Indian journal of veterinary science and animal husbandry - Volumes 26-27, 1956-1957
Year: 1956
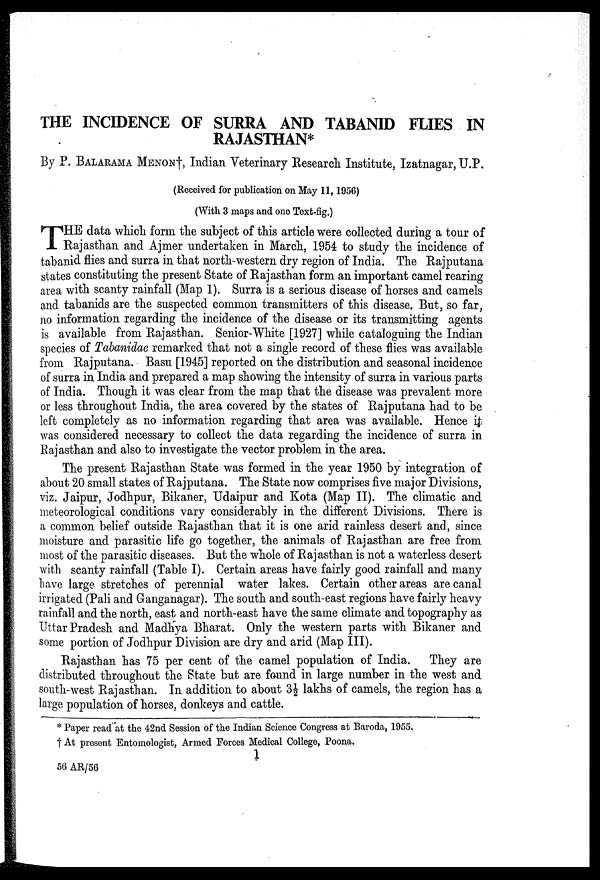
THE INCIDENCE OF SURRA AND TABANID FLIES IN
RAJASTHAN*
By P. BALARAMA MENON†, Indian Veterinary Research Institute, Izatnagar, U.P.
(Received for publication on May 11, 1956)
(With 3 maps and one Text-fig.)
T HE data which form the subject of this article were collected during a tour of
Rajasthan and Ajmer undertaken in March, 1954 to study the incidence of
tabanid flies and surra in that north-western dry region of India. The Rajputana
states constituting the present State of Rajasthan form an important camel rearing
area with scanty rainfall (Map 1). Surra is a serious disease of horses and camels
and tabanids are the suspected common transmitters of this disease. But, so far,
no information regarding the incidence of the disease or its transmitting agents
is available from Rajasthan. Senior-White [1927] while cataloguing the Indian
species of Tabanidae remarked that not a single record of these flies was available
from Rajputana. Basu [1945] reported on the distribution and seasonal incidence
of surra in India and prepared a map showing the intensity of surra in various parts
of India. Though it was clear from the map that the disease was prevalent more
or less throughout India, the area covered by the states of Rajputana had to be
left completely as no information regarding that area was available. Hence it
was considered necessary to collect the data regarding the incidence of surra in
Rajasthan and also to investigate the vector problem in the area.
The present Rajasthan State was formed in the year 1950 by integration of
about 20 small states of Rajputana. The State now comprises five major Divisions,
viz. Jaipur, Jodhpur, Bikaner, Udaipur and Kota (Map II). The climatic and
meteorological conditions vary considerably in the different Divisions. There is
a common belief outside Rajasthan that it is one arid rainless desert and, since
moisture and parasitic life go together, the animals of Rajasthan are free from
most of the parasitic diseases. But the whole of Rajasthan is not a waterless desert
with scanty rainfall (Table I). Certain areas have fairly good rainfall and many
have large stretches of perennial water lakes. Certain other areas are canal
irrigated (Pali and Ganganagar). The south and south-east regions have fairly heavy
rainfall and the north, east and north-east have the same climate and topography as
Uttar Pradesh and Madhya Bharat. Only the western parts with Bikaner and
some portion of Jodhpur Division are dry and arid (Map III).
Rajasthan has 75 per cent of the camel population of India. They are
distributed throughout the State but are found in large number in the west and
south-west Rajasthan. In addition to about 3½ lakhs of camels, the region has a
large population of horses, donkeys and cattle.
* Paper read at the 42nd Session of the Indian Science Congress at Baroda, 1955.
† At present Entomologist, Armed Forces Medical College, Poona,
1
56 AR/56